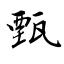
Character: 甄